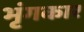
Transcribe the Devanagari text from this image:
भृंगकार